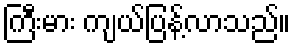
ကြီးမား ကျယ်ပြန့်လာသည်။